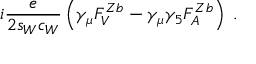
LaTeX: i \frac { e } { 2 s _ { W } c _ { W } } \left( \gamma _ { \mu } F _ { V } ^ { Z b } - \gamma _ { \mu } \gamma _ { 5 } F _ { A } ^ { Z b } \right) \; .